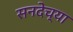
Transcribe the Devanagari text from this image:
सनदेच्या